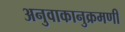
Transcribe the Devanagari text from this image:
अनुवाकानुक्रमणी